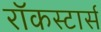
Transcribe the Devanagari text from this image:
रॉकस्टार्स